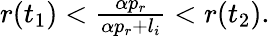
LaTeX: \begin{array}{r}{r(t_{1})<\frac{\alpha p_{r}}{\alpha p_{r}+l_{i}}<r(t_{2}).}\end{array}